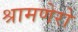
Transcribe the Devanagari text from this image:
श्रामणेरो